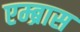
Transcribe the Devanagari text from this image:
एम्ब्रास